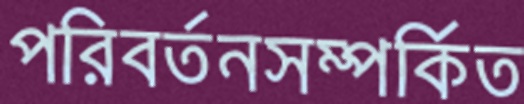
পরিবর্তনসম্পর্কিত